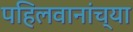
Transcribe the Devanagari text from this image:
पहिलवानांच्या